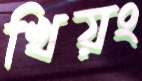
খিয়ং